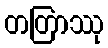
တတြာဿု